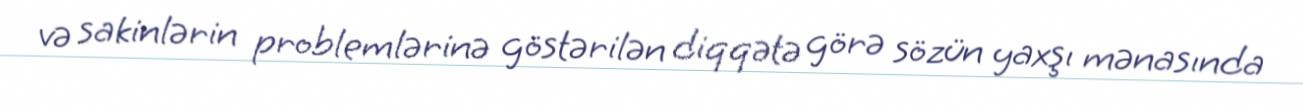
və sakinlərin problemlərinə göstərilən diqqətə görə sözün yaxşı mənasında